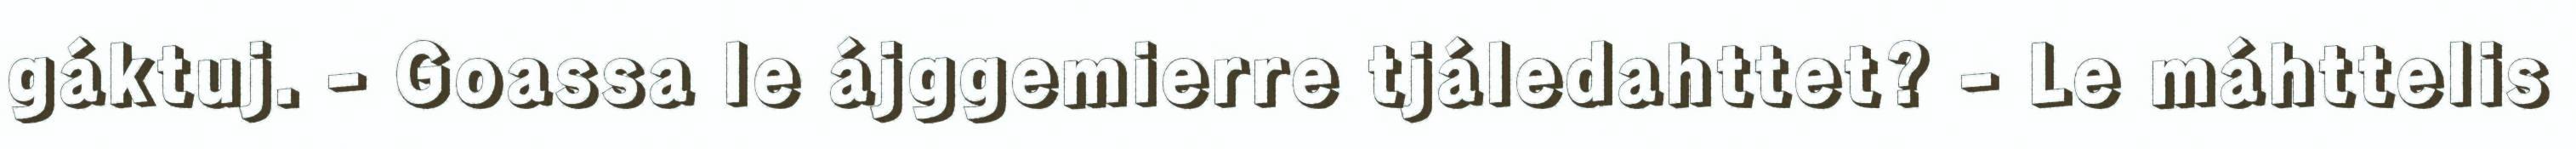
gáktuj. - Goassa le ájggemierre tjáledahttet? - Le máhttelis